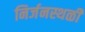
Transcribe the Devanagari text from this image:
निर्जनस्थळी